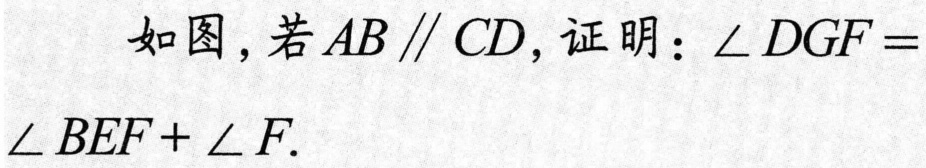
如图，若$AB\parallel CD$，证明：$\angle DGF = \angle BEF+\angle F.$